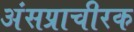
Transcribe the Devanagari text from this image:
अंसप्राचीरक